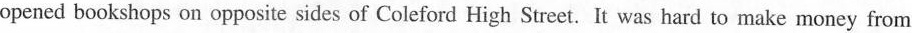
opened bookshops on opposite sides of Coleford High Street. It was hard to make money from